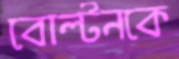
বোল্টনকে